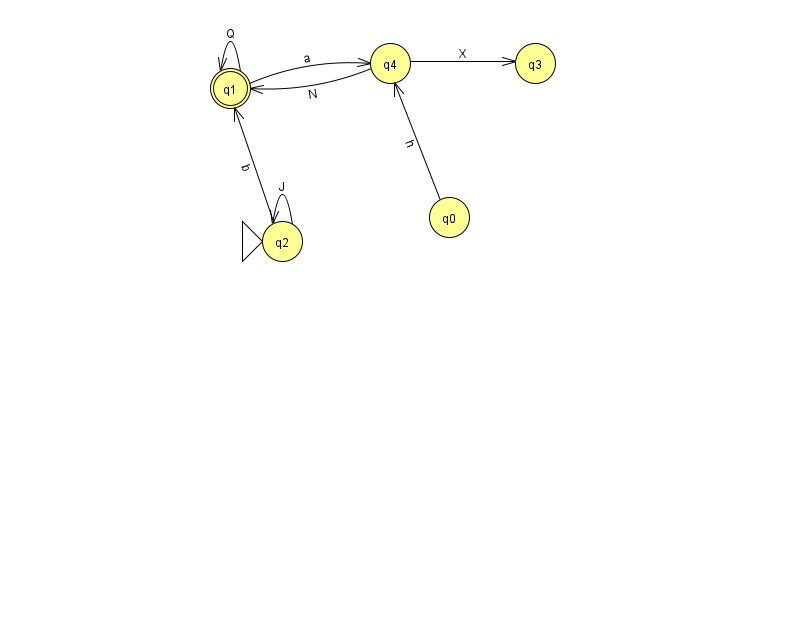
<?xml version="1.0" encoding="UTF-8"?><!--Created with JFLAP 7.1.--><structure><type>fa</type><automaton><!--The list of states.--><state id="0" name="q0"><x>449.0</x><y>204.0</y></state><state id="1" name="q1"><x>230.0</x><y>75.0</y><final/></state><state id="2" name="q2"><x>282.0</x><y>228.0</y><initial/></state><state id="3" name="q3"><x>535.0</x><y>50.0</y></state><state id="4" name="q4"><x>390.0</x><y>50.0</y></state><!--The list of transitions.--><transition><from>0</from><to>4</to><read>h</read></transition><transition><from>1</from><to>4</to><read>a</read></transition><transition><from>1</from><to>1</to><read>Q</read></transition><transition><from>2</from><to>1</to><read>b</read></transition><transition><from>2</from><to>2</to><read>J</read></transition><transition><from>4</from><to>3</to><read>X</read></transition><transition><from>4</from><to>1</to><read>N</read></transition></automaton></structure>